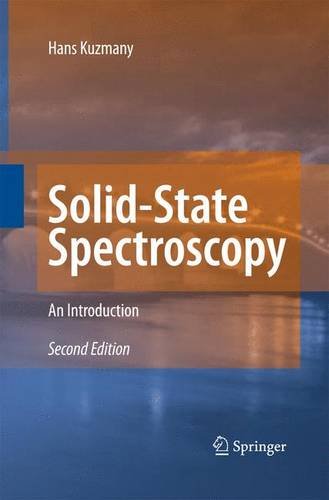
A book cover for Solid-State Spectroscopy: An Introduction; Hans Kuzmany; Science & Math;